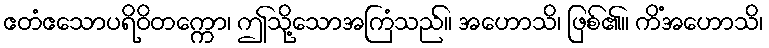
ဧတံဧသောပရိဝိတက္ကော၊ ဤသို့သောအကြံသည်။ အဟောသိ၊ ဖြစ်၏။ ကိံအဟောသိ၊